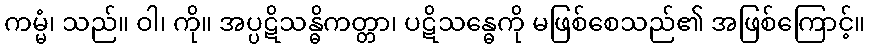
ကမ္မံ၊ သည်။ ဝါ၊ ကို။ အပ္ပဋိသန္ဓိကတ္တာ၊ ပဋိသန္ဓေကို မဖြစ်စေသည်၏ အဖြစ်ကြောင့်။